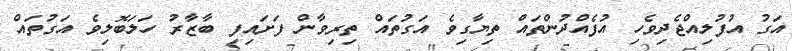
އަގު އުފުލިއްޖެދިވެހި އުފެއްދުންތައް ތިޔާގިވެ އަގުތައް ތިރިވާން ފަށައިފި ބާޒާރު ހަލަބޮލިވެ އަގުތައް